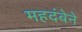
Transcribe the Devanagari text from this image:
महदंबेने